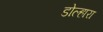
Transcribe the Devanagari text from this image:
डोल्हारा